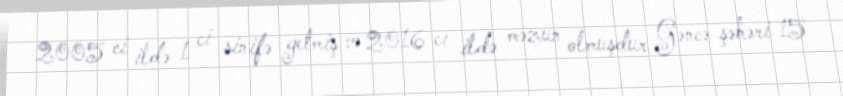
2005 ci ildə 1 ci sinifə getmiş və 2016 cı ildə məzun olmuşdur Gəncə şəhəri 15